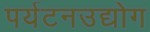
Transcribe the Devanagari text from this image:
पर्यटनउद्योग